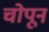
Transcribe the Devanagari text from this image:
चोपून